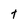
Character: t